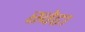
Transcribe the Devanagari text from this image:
स्वेटा